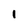
Character: i